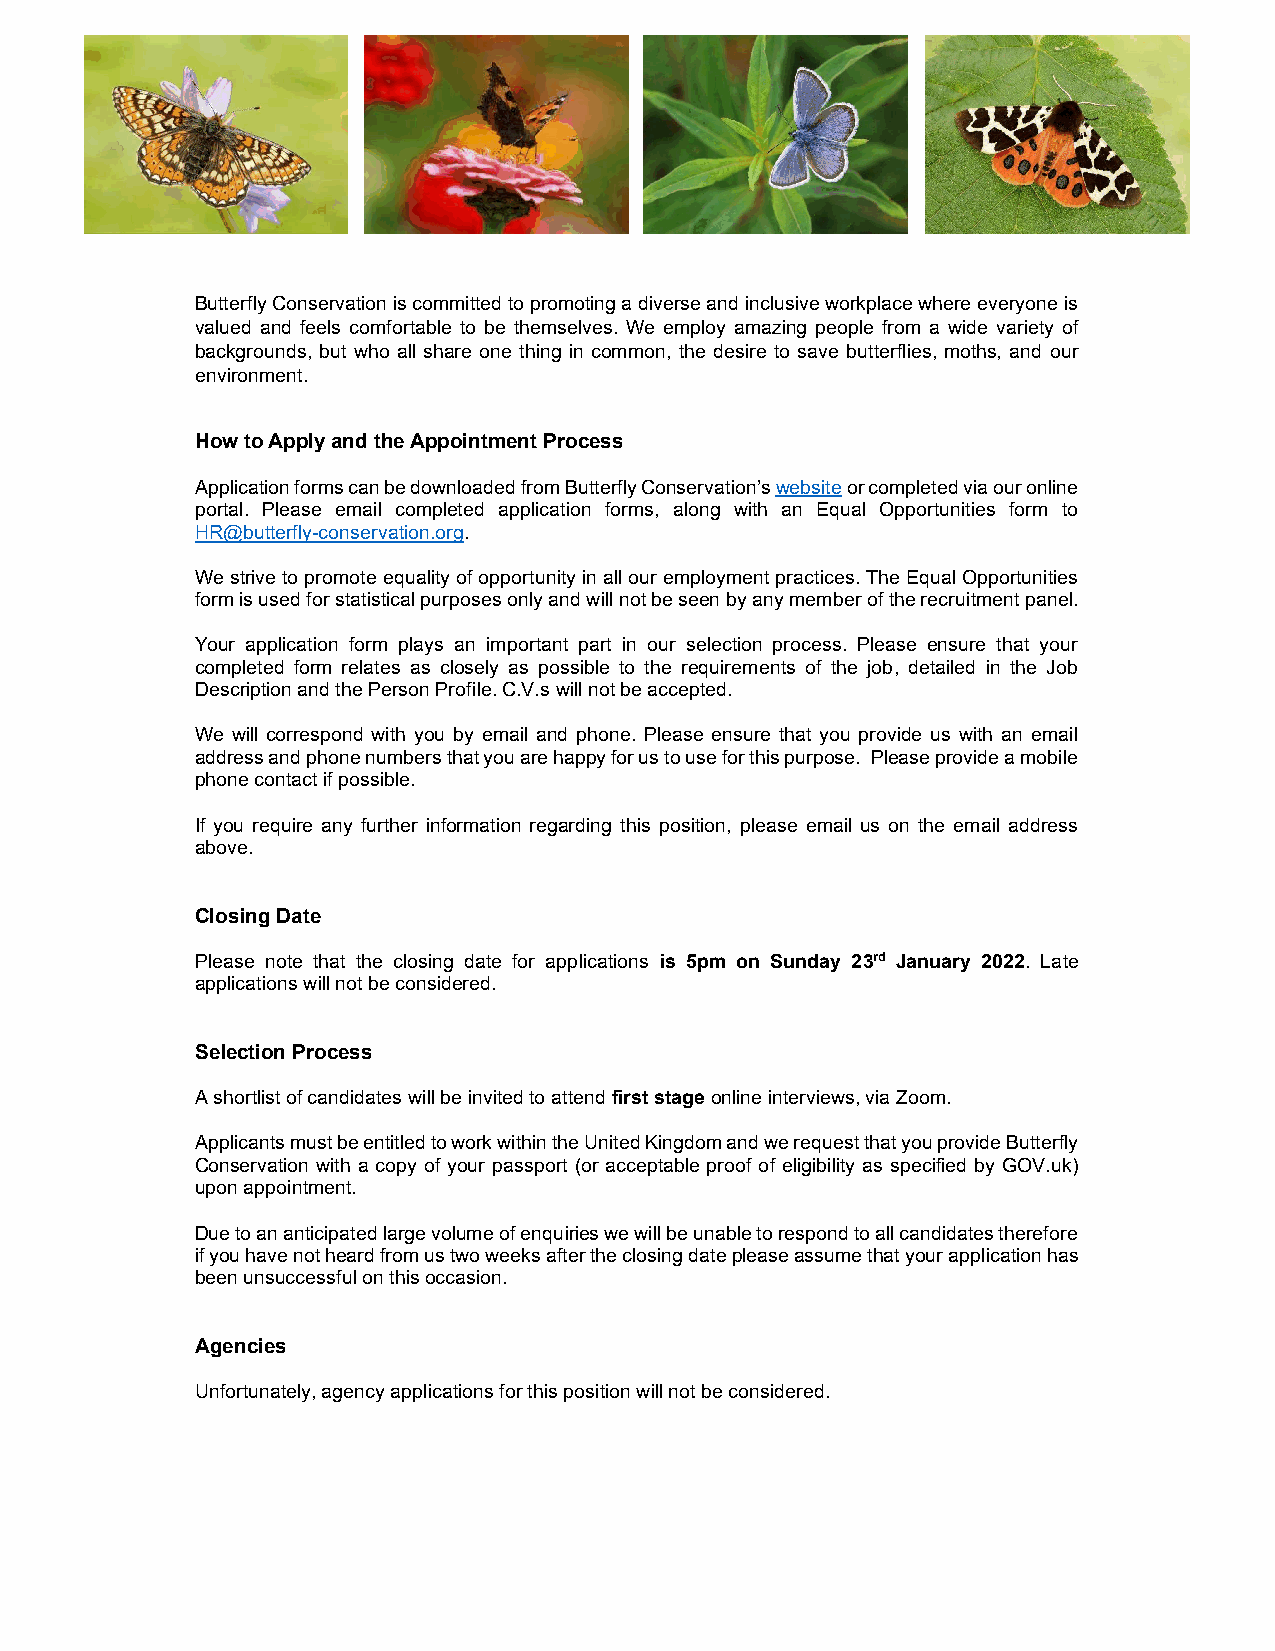
Butterfly Conservation is committed to promoting a diverse and inclusive workplace where everyone is
 valued and feels comfortable to be themselves. We employ amazing people from a wide variety of
 backgrounds, but who all share one thing in common, the desire to save butterflies, moths, and our
 environment.
 How to Apply and the Appointment Process
 Application forms can be downloaded from Butterfly Conservation’s website or completed via our online
 portal. Please email completed application forms, along with an Equal Opportunities form to
 HR@butterfly-conservation.org.
 We strive to promote equality of opportunity in all our employment practices. The Equal Opportunities
 form is used for statistical purposes only and will not be seen by any member of the recruitment panel.
 Your application form plays an important part in our selection process. Please ensure that your
 completed form relates as closely as possible to the requirements of the job, detailed in the Job
 Description and the Person Profile. C.V.s will not be accepted.
 We will correspond with you by email and phone. Please ensure that you provide us with an email
 address and phone numbers that you are happy for us to use for this purpose. Please provide a mobile
 phone contact if possible.
 If you require any further information regarding this position, please email us on the email address
 above.
 Closing Date
 Please note that the closing date for applications is 5pm on Sunday 23rd January 2022. Late
 applications will not be considered.
 Selection Process
 A shortlist of candidates will be invited to attend first stage online interviews, via Zoom.
 Applicants must be entitled to work within the United Kingdom and we request that you provide Butterfly
 Conservation with a copy of your passport (or acceptable proof of eligibility as specified by GOV.uk)
 upon appointment.
 Due to an anticipated large volume of enquiries we will be unable to respond to all candidates therefore
 if you have not heard from us two weeks after the closing date please assume that your application has
 been unsuccessful on this occasion.
 Agencies
 Unfortunately, agency applications for this position will not be considered.